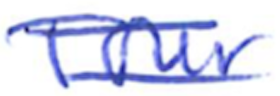
Text: Tour
Cross-out: double-line
Writing tool: ballpoint